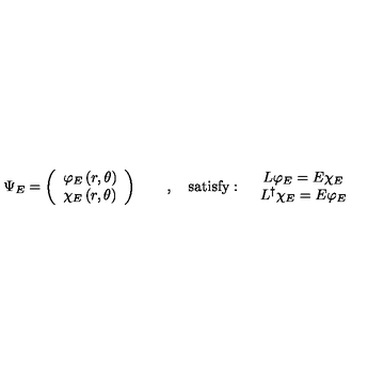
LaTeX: \Psi _ { E } = \left( \begin{array} { c } { \varphi _ { E } \left( r , \theta \right) } \\ { \chi _ { E } \left( r , \theta \right) } \\ \end{array} \right) \qquad , \quad \mathrm { s a t i s f y : } \quad \begin{array} { c } { L \varphi _ { E } = E \chi _ { E } } \\ { L ^ { \dag } \chi _ { E } = E \varphi _ { E } } \\ \end{array}